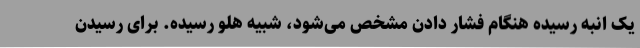
یک انبه رسیده هنگام فشار دادن مشخص می‌شود، شبیه هلو رسیده. برای رسیدن